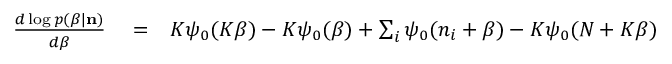
\begin{array} { r l r } { \frac { d \log p ( \beta | { \bf n } ) } { d \beta } } & { { } = } & { K \psi _ { 0 } ( K \beta ) - K \psi _ { 0 } ( \beta ) + \sum _ { i } \psi _ { 0 } ( n _ { i } + \beta ) - K \psi _ { 0 } ( N + K \beta ) } \end{array}